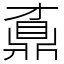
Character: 鼒